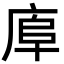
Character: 𢈹